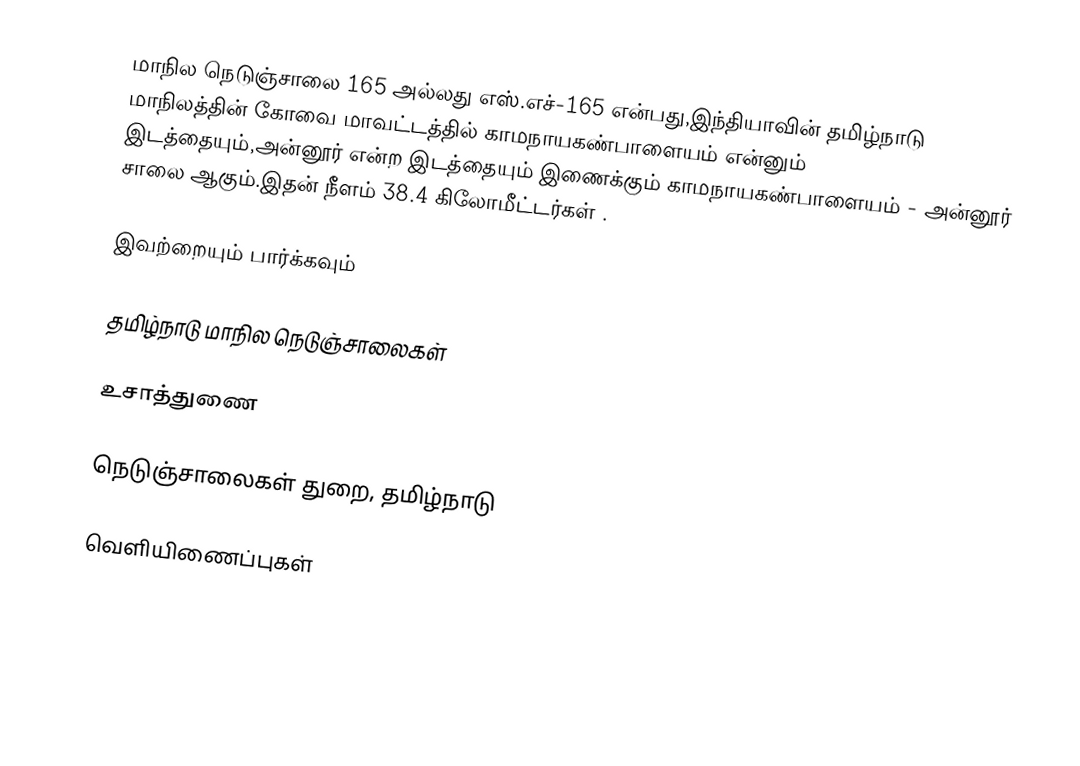
மாநில நெடுஞ்சாலை 165 அல்லது எஸ்.எச்-165 என்பது,இந்தியாவின் தமிழ்நாடு மாநிலத்தின் கோவை மாவட்டத்தில் காமநாயகண்பாளையம் என்னும் இடத்தையும்,அன்னூர் என்ற இடத்தையும் இணைக்கும் காமநாயகண்பாளையம் - அன்னூர் சாலை ஆகும்.இதன் நீளம் 38.4 கிலோமீட்டர்கள் .

இவற்றையும் பார்க்கவும்

 தமிழ்நாடு மாநில நெடுஞ்சாலைகள்

உசாத்துணை

 நெடுஞ்சாலைகள் துறை, தமிழ்நாடு

வெளியிணைப்புகள்